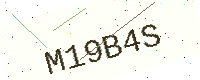
Text: M19B4S